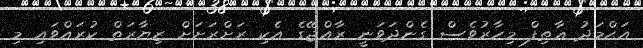
އަޙްމަދު ޢާޠިފް މިހާރުވެސް ގެންދަވަނީ ރާއްޖޭގެ އެކި ރަށްރަށަށް ޒިޔާރަތް ކުރައްވައި މި